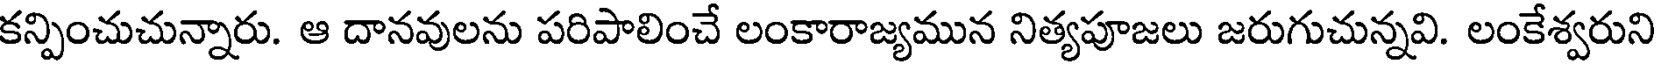
కన్పించుచున్నారు. ఆ దానవులను పరిపాలించే లంకారాజ్యమున నిత్యపూజలు జరుగుచున్నవి. లంకేశ్వరుని